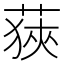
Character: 𦷈